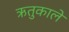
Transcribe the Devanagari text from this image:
ऋतुकाले